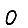
Digit: 0